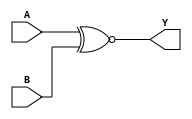
module logicgate_xnor( A, Y, B ) ;
	input A, B ;
	output Y ;
	assign Y = A ~^ B ;
endmodule